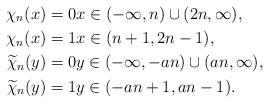
LaTeX: \begin{align*}\chi_{n}(x)&=0x\in(-\infty,n)\cup(2n,\infty),\\\chi_{n}(x)&=1x\in(n+1,2n-1),\\\widetilde{\chi}_{n}(y)&=0y\in(-\infty,-an)\cup(an,\infty),\\\widetilde{\chi}_{n}(y)&=1y\in(-an+1,an-1).\end{align*}